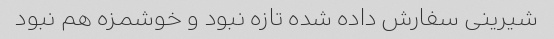
شیرینی سفارش داده شده تازه نبود و خوشمزه هم نبود